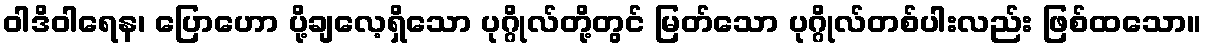
ဝါဒိဝါရေန၊ ပြောဟော ပို့ချလေ့ရှိသော ပုဂ္ဂိုလ်တို့တွင် မြတ်သော ပုဂ္ဂိုလ်တစ်ပါးလည်း ဖြစ်ထသော။